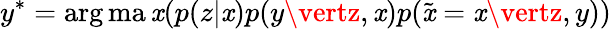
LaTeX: y^{*}=\arg\operatorname*{ma\mathit{x}}(p(z\vert\mathit{x})p(y\vertz,\mathit{x})p(\tilde{{\mathit{x}}}=\mathit{x}\vertz,y))